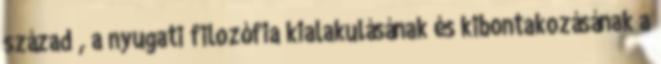
század , a nyugati filozófia kialakulásának és kibontakozásának a